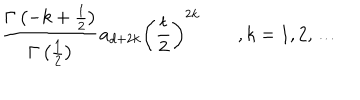
\frac { \Gamma \left( - k + \frac 1 2 \right) } { \Gamma \left( \frac 1 2 \right) } a _ { d + 2 k } \left( \frac t 2 \right) ^ { 2 k } \qquad , k = 1 , 2 , \ldots